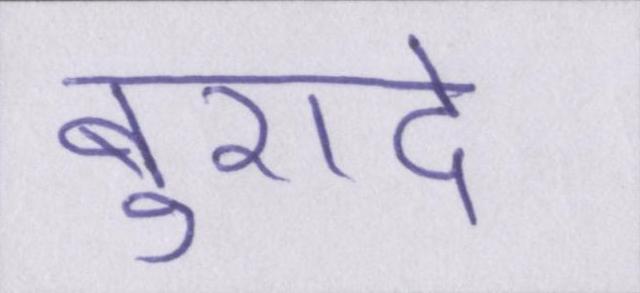
बुरादे